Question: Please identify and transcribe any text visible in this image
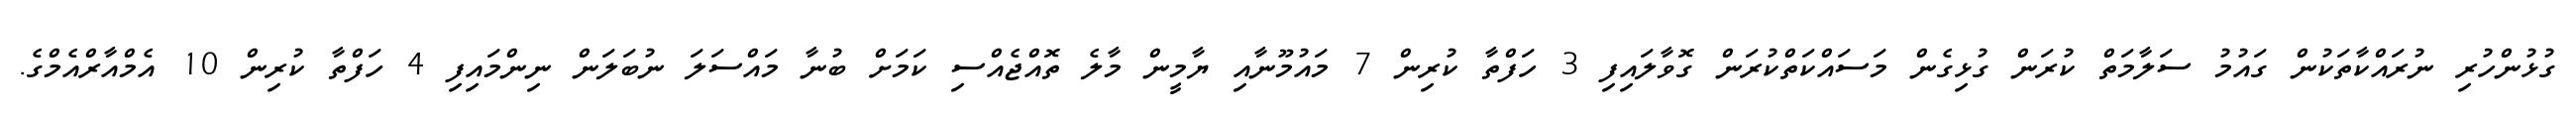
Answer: ގުޅުންހުރި ނުރައްކާތަކުން ގައުމު ސަލާމަތް ކުރަން ގުޅިގެން މަސައްކަތްކުރަން ގޮވާލައިފި 3 ހަފްތާ ކުރިން 7 މައުމޫނާއި ޔާމީން މާލެ ތޮއްޖެއްސި ކަމަށް ބުނާ މައްސަލަ ނުބަލަން ނިންމައިފި 4 ހަފްތާ ކުރިން 10 އެމްއާރްއެމްގެ.